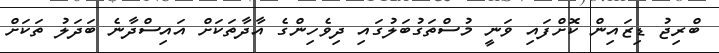
ބްރިޖު ޑިޒައިން ކޮށްފައި ވަނީ މުސްތަގުބަލުގައި ދިވެހިންގެ އާދާތަކަށް އައިސްދާނެ ބަދަލު ތަކަށް